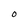
Character: 0